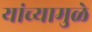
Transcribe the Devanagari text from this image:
यांच्‍यामुळे